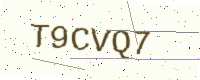
Text: T9CVQ7